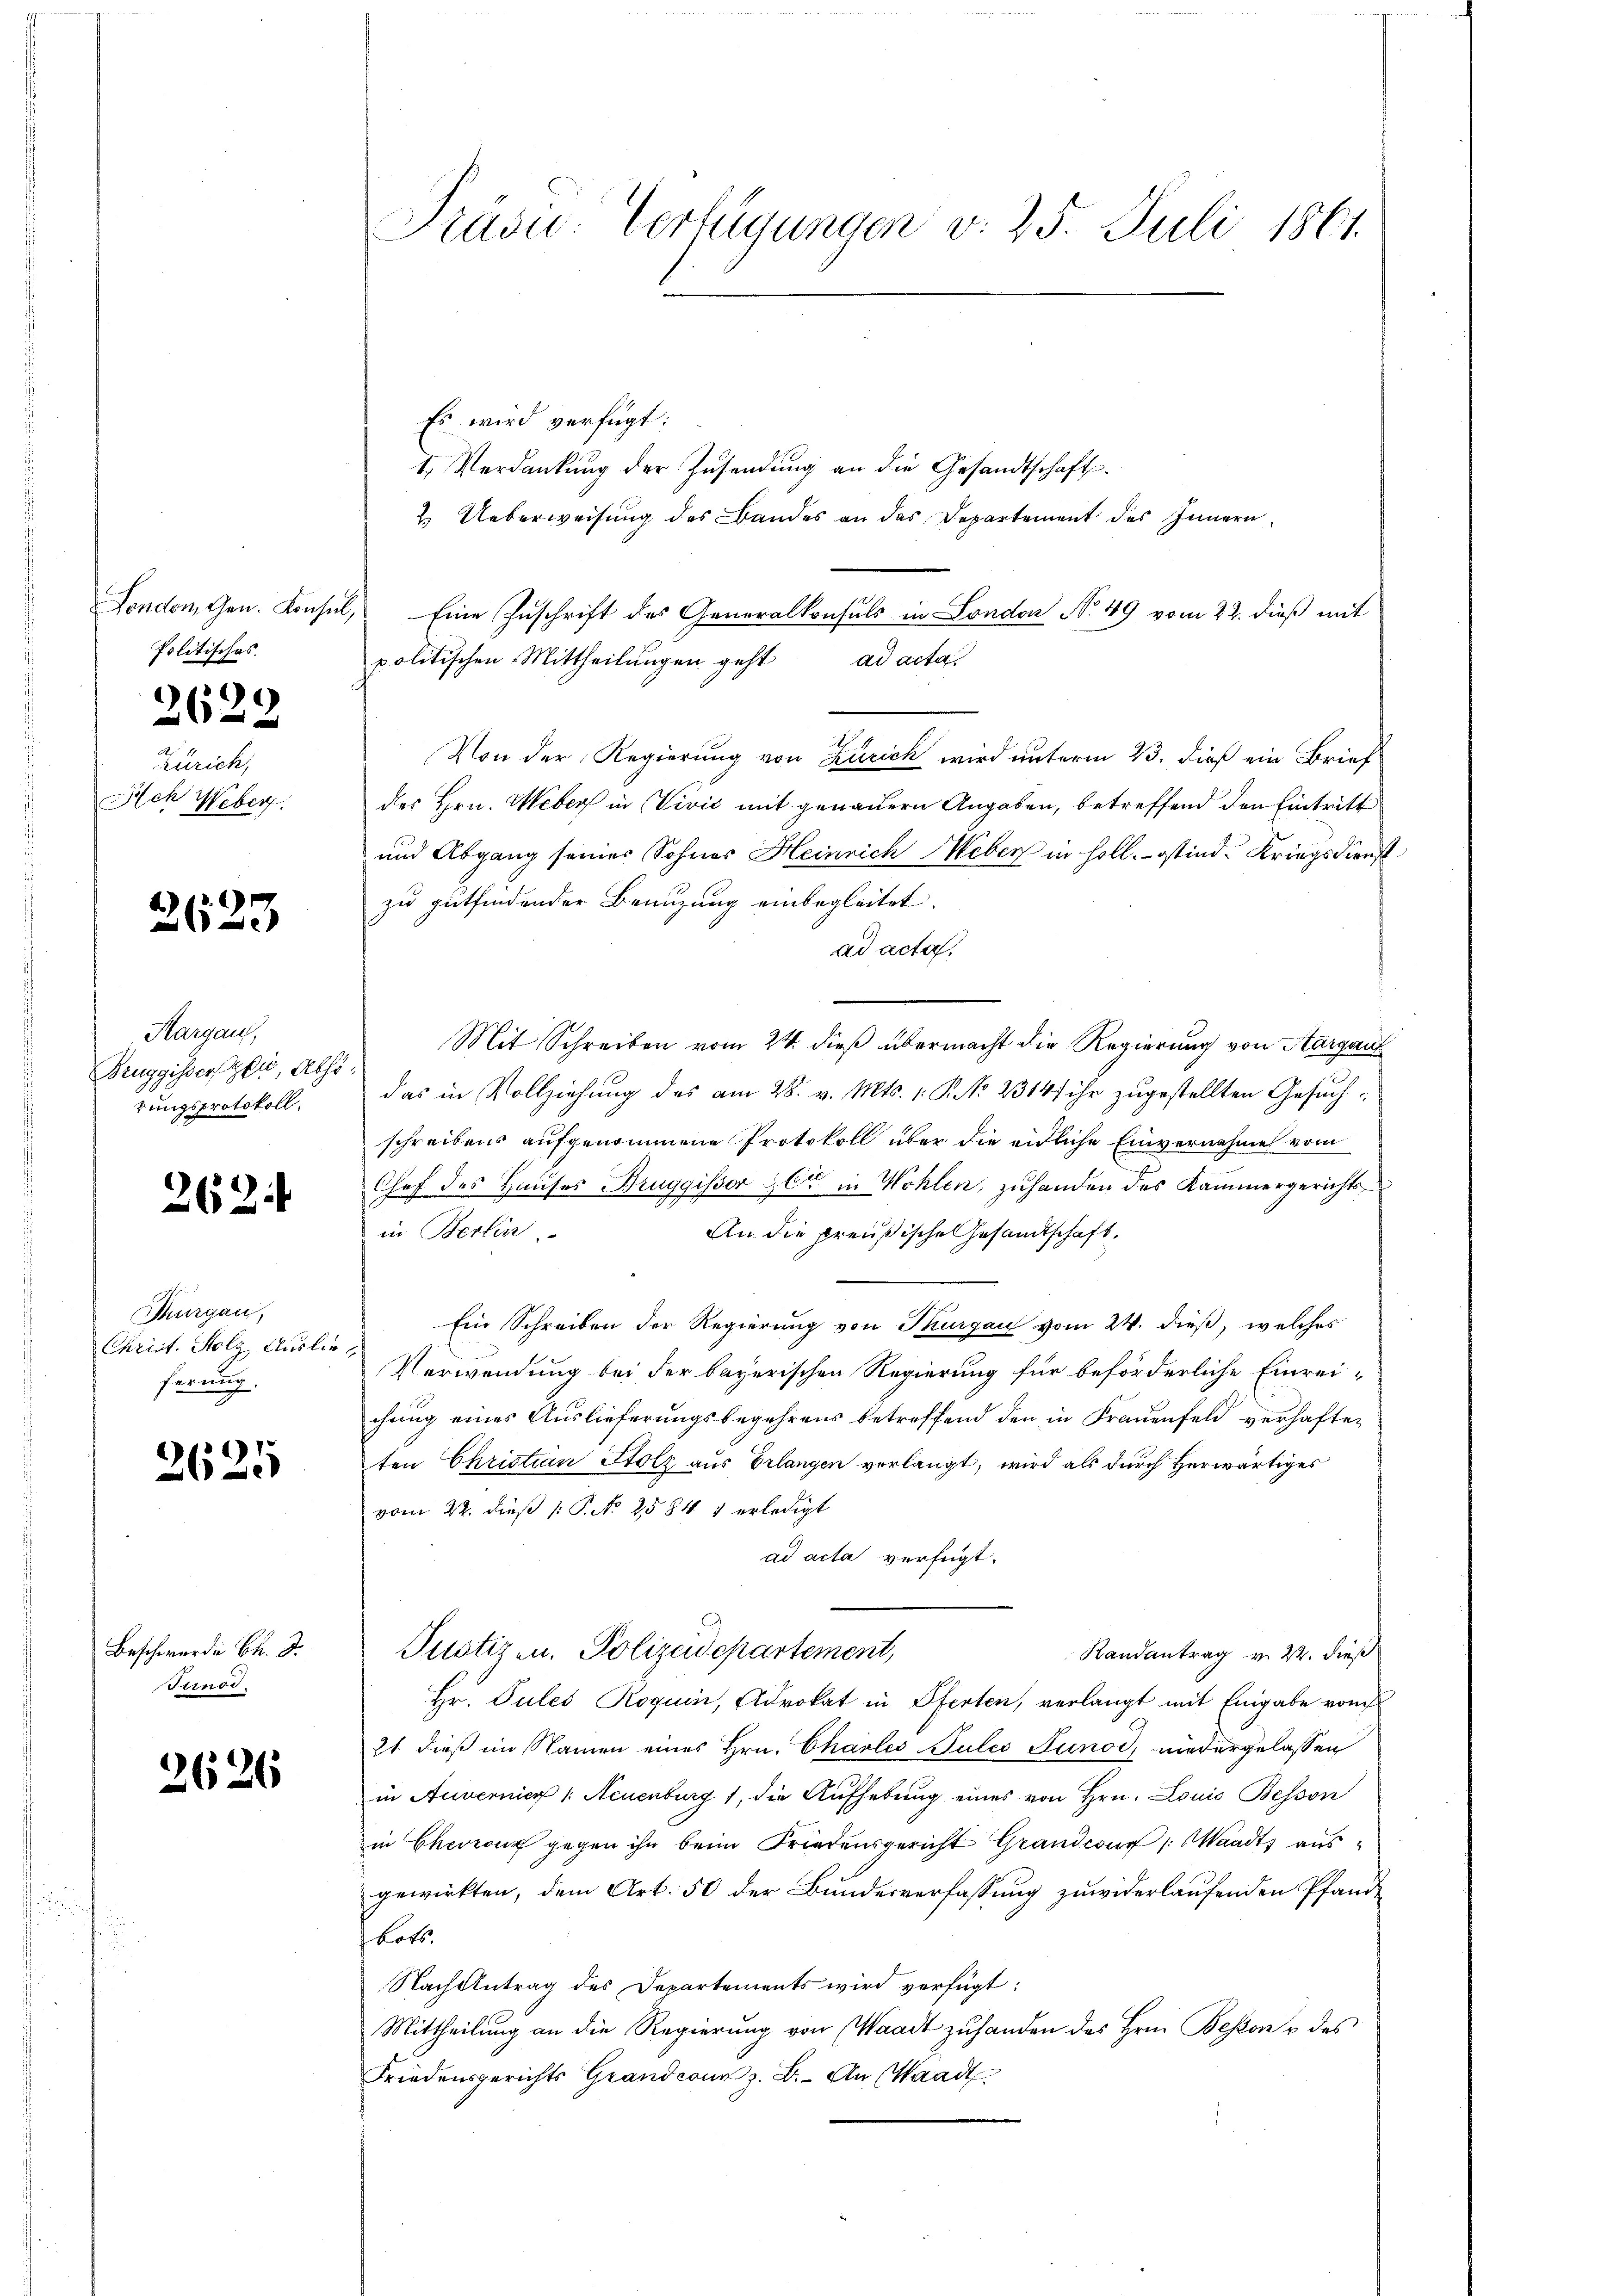
Politisches.
)

265

Zürich,
Ach Weber

2623

Margau,
Bruggisserli, Abso
rungsprotokoll.

262.

Thurgau,
Christ. Holz Auslie
ferung.

3625

Beschwerde B. d.
Finod.

2626

Pravić-Verfügungen v. 25. Juli 1861.

Es wird verfügt:
1. Verdankung der Zusendung an die Gesandtschaft¬
2 Ueberweisung des Bandes an das Departement des Innern
London, Gen. Konsul, Eine Zuschrift des Generalkonsuls in London No 49 vom 22. dieß mit
politischen Mittheilungen geht ad acta
Von der Regierung von Zürich wird unterm 23. dieß ein Brief
des Hrn. Weber in Vivić mit genauern Angaben, betreffend den Eintritt
und Abgang seiner Sohnes Heinrich Webers in soll. - Ostind. Kriegsdienst
zu gutfindender Benuzung einbegleitet.
ad acta.
Mit Schreiben vom 24. dieß übermacht die Regierung von Aargau
das in Vollziehung des am 28. v. Mts. 1. P. No 2314/ ihr zugestellten Gesuchschreibens aufgenommene Protokoll über die eidliche Einvernahme vom
Chef des Hauses Bruggisser & Cie in Wohlen, zuhanden des Kammergerichts
in Berlin
An die preußische Gesandtschaft.
Ein Schreiben der Regierung von Thurgau vom 24. dieß, welches
Verwendung bei der bayerischen Regierung für beförderliche Einreichung eines Auslieferungsbegehrens betreffend den in Frauenfeld verhaften
ten Christian Stolz aus Erlangen verlangt, wird als durch Herwärtiges
vom 22. dieß 1: P. No 2584. & erledigt
ad acta verfügt:
Justizen. Polizeidepartement,
Randantrag v. 22. dieß
Hr. Pules Roguin, Advokat in Pferten, verlangt mit Eingabe vom
21. dieß im Namen eines Hrn. Charles Julio Sunod, niedergelassen
in Anvernier /: Neuenburg 1, die Aufhebung eines von Hrn. Louis Besson
in Cheront gegen ihn beim Friedensgericht Grandcour 1. Waadt ausgewirkten, dem Art. 50 der Bundesverfassung zuwiderlaufenden Pfandkotb.
Nach Antrag des Departements wird verfügt:
Mittheilung an die Regierung von Waadt zuhanden des Hrn. Beston & des
Friedensgerichts Grandcom z. B. An Waadt